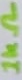
Text: 1kΩ